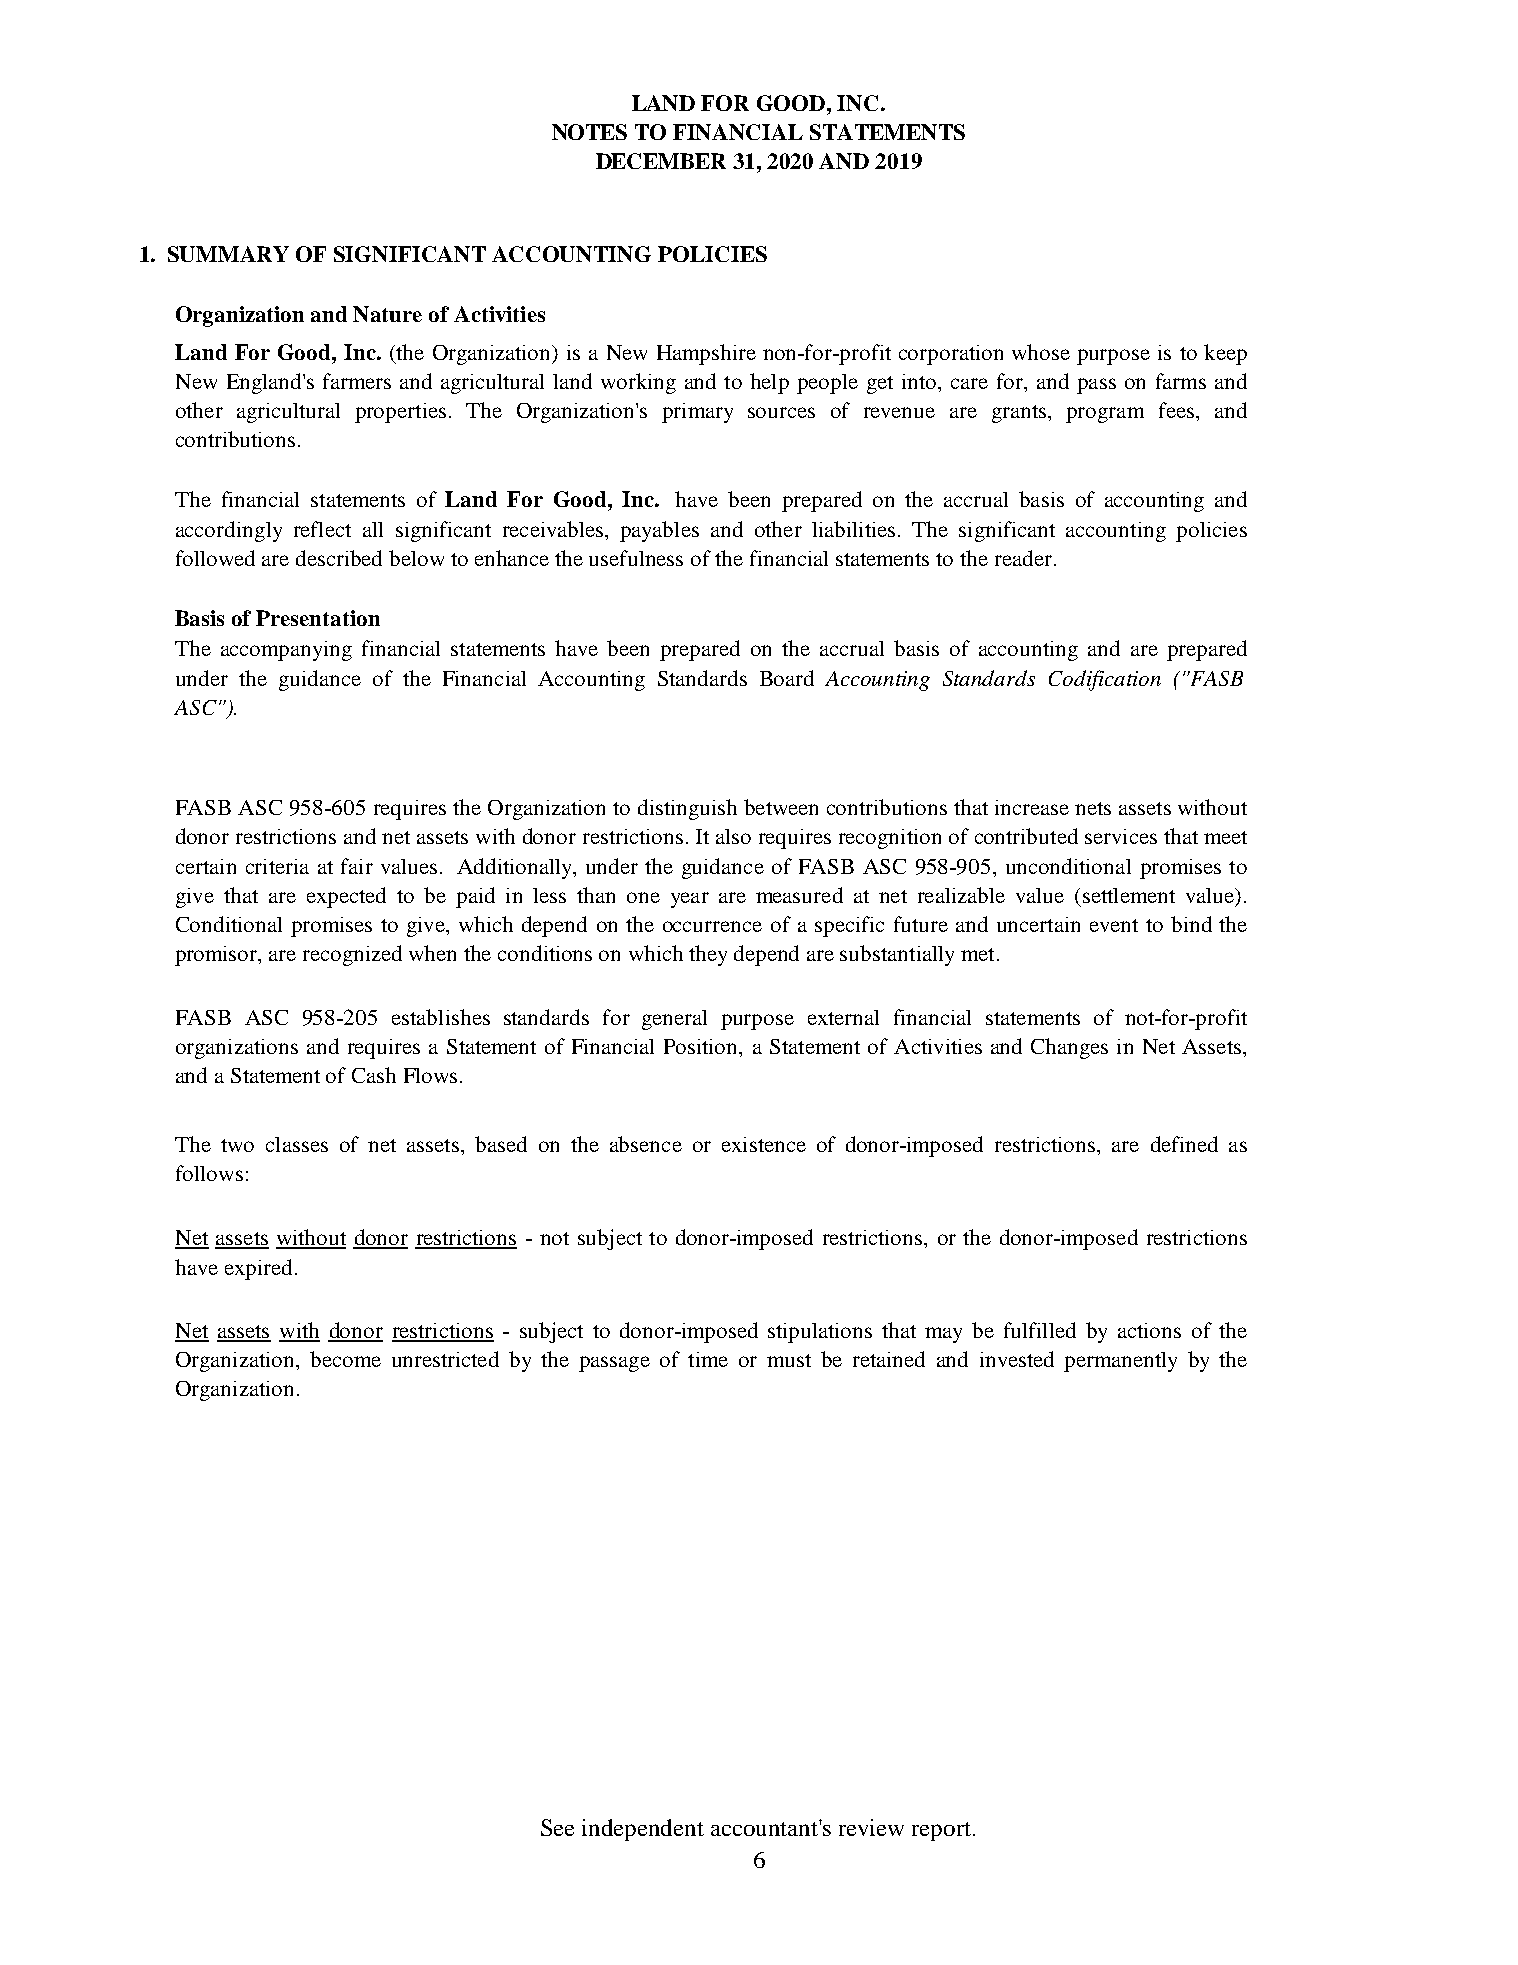
LAND FOR GOOD, INC.
 NOTES TO FINANCIAL STATEMENTS
 DECEMBER  31, 2020 AND 2019
 1. SUMMARY OF SIGNIFICANT ACCOUNTING POLICIES
 Organization and Nature of Activities
 Land For Good, Inc. (the Organization) is a New Hampshire non-for-profit corporation whose purpose is to keep
 New England's farmers and agricultural land working and to help people get into, care for, and pass on farms and
 other agricultural properties. The Organization's primary sources of revenue are grants, program fees, and
 contributions.
 The financial statements of Land For Good, Inc. have been prepared on the accrual basis of accounting and
 accordingly reflect all significant receivables, payables and other liabilities. The significant accounting policies
 followed are described below to enhance the usefulness of the financial statements to the reader.
 Basis of Presentation
 The accompanying financial statements have been prepared on the accrual basis of accounting and are prepared
 under the guidance of the Financial Accounting Standards Board Accounting Standards Codification ("FASB
 ASC").
 FASBASC958-605 requires theOrganization to distinguishbetween contributionsthatincreasenets assetswithout
 donorrestrictionsandnetassetswithdonorrestrictions.Italsorequiresrecognitionofcontributedservicesthatmeet
 certain criteria at fair values. Additionally, under the guidance of FASB ASC 958-905, unconditional promises to
 give that are expected to be paid in less than one year are measured at net realizable value (settlement value).
 Conditional promises to give, which depend on the occurrence of a specific future and uncertain event to bind the
 promisor, are recognized when the conditions on which they depend are substantially met.
 FASB ASC 958-205 establishes standards for general purpose external financial statements of not-for-profit
 organizations and requires a Statement of Financial Position, a Statement of Activities and Changes in Net Assets,
 and a Statement of Cash Flows.
 The two classes of net assets, based on the absence or existence of donor-imposed restrictions, are defined as
 follows:
 Net assets without donor restrictions - not subject to donor-imposed restrictions, or the donor-imposed restrictions
 have expired.
 Net assets with donor restrictions - subject to donor-imposed stipulations that may be fulfilled by actions of the
 Organization, become unrestricted by the passage of time or must be retained and invested permanently by the
 Organization.
 See independent accountant's review report.
 6